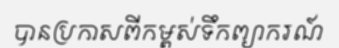
បានប្រកាសពីកម្ពស់ទឹកព្យាករណ៍